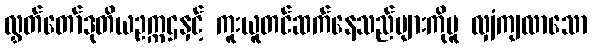
လွှတ်တော်ဒုတိယဥက္ကဌနှင့် ကူးယူတင်ဆက်နေသည်များကိုမူ လျှံကျလာသော